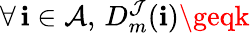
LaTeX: \forall\, \mathbf{i}\in\mathcal{{A}},\, D_{m}^{\mathcal{{J}}}(\mathbf{i})\geqk